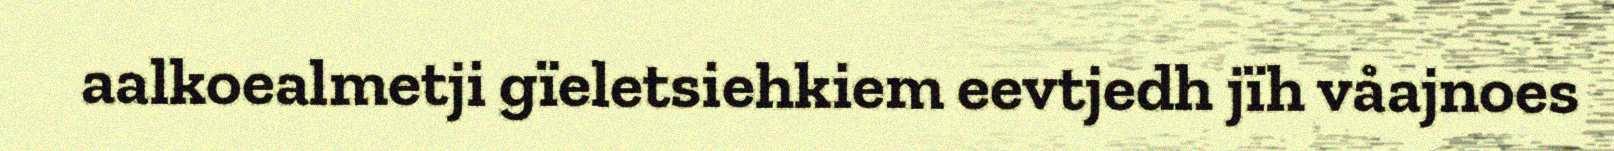
aalkoealmetji gïeletsiehkiem eevtjedh jïh våajnoes